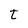
Character: t